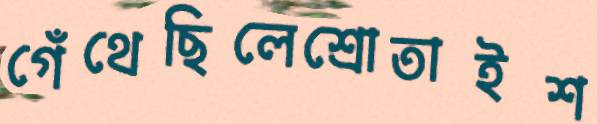
গেঁথেছিলেশ্রোতাইশ